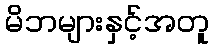
မိဘများနှင့်အတူ